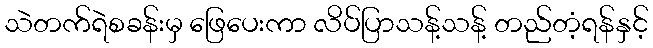
သဲတက်ရဲစခန်းမှ ဖြေပေးကာ လိပ်ပြာသန့်သန့် တည်တံ့ရန်နှင့်